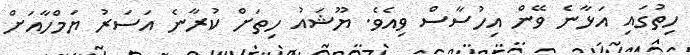
ހިތުގައި އަޅާނެ ވޭން އިހުސާސް ވިއެވެ. ޔޫޝައު ހިތަށް ކުރާނެ އަސަރު ޔަމްހާއަށް